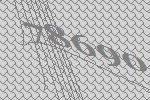
78690